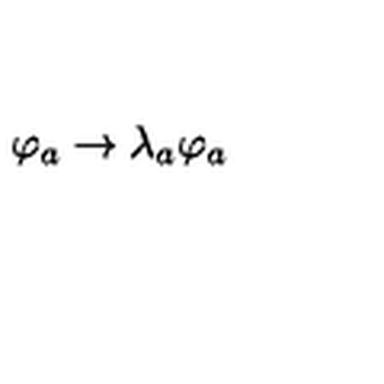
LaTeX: \varphi _ { a } \rightarrow \lambda _ { a } \varphi _ { a }